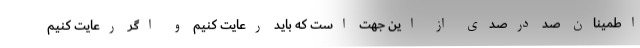
اطمینان صد درصدی از این جهت است که باید رعایت کنیم و اگر رعایت کنیم